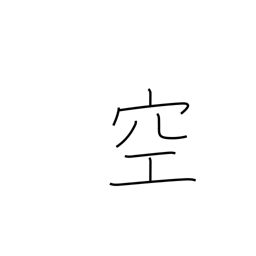
Meaning: vacant